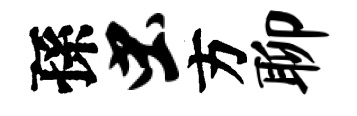
孫虫方聊